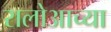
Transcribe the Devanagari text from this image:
रालोआच्या